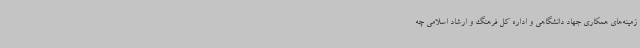
زمینه‌های همکاری جهاد دانشگاهی و اداره کل فرهنگ و ارشاد اسلامی چه